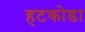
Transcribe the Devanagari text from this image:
हटकोडा